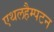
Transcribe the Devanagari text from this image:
एथलहैम्पटन